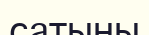
сатыны